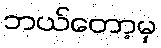
ဘယ်တော့မှ